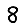
Digit: 8